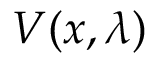
V ( x , \lambda )